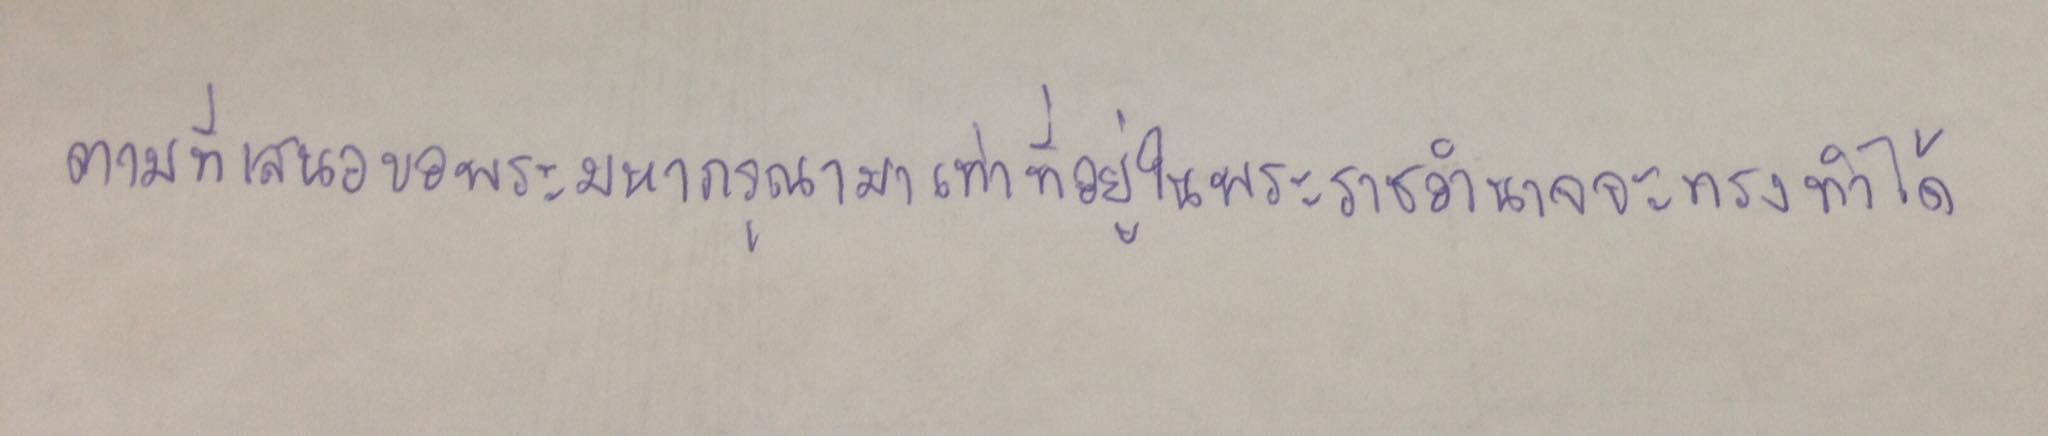
ตามที่เสนอขอพระมหากรุณามาเท่าที่อยู่ในพระราชอำนาจจะทรงทำได้